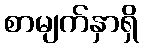
စာမျက်နှာရှိ